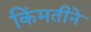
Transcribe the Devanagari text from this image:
किंमतीने